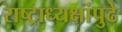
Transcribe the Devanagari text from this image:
राष्ट्राध्यक्षांपुढे